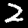
Digit: 2